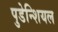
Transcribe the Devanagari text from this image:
पुडेन्शियल